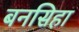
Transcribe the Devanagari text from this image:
बनसिहा